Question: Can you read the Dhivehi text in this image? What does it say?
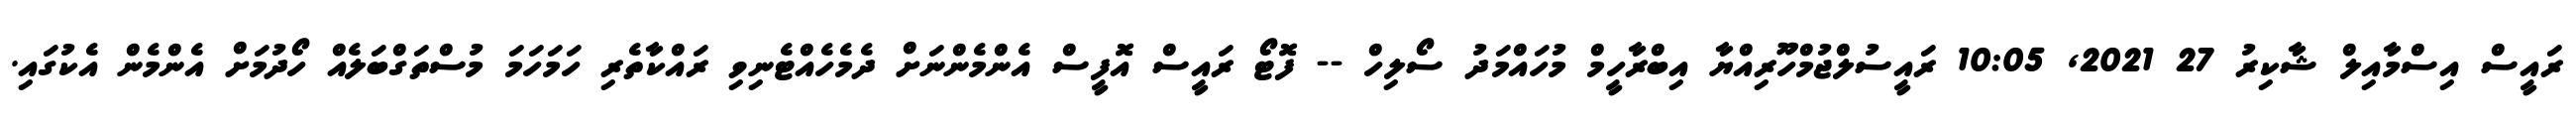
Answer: ރައީސް އިސްމާއިލް ޝާކިރު 27 2021, 10:05 ރައީސުލްޖުމްހޫރިއްޔާ އިބްރާހީމް މުހައްމަދު ސޯލިހް -- ފޮޓޯ ރައީސް އޮފީސް އެންމެންނަށް ދެމެހެއްޓެނިވި ރައްކާތެރި ހަމަހަމަ މުސްތަގްބަލެއް ހޯދުމަށް އެންމެން އެކުގައި.